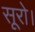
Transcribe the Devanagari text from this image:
सूरो।